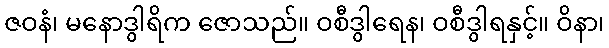
ဇဝနံ၊ မနောဒွါရိက ဇောသည်။ ဝစီဒွါရေန၊ ဝစီဒွါရနှင့်။ ဝိနာ၊